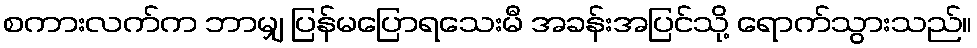
စကားလက်က ဘာမျှ ပြန်မပြောရသေးမီ အခန်းအပြင်သို့ ရောက်သွားသည်။